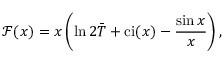
\mathcal { F } ( x ) = x \left( \ln 2 \bar { T } + \mathrm { c i } ( x ) - \frac { \sin x } { x } \right) ,